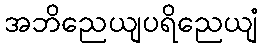
အဘိညေယျပရိညေယျံ